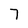
Character: 7